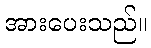
အားပေးသည်။